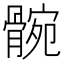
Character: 䯛